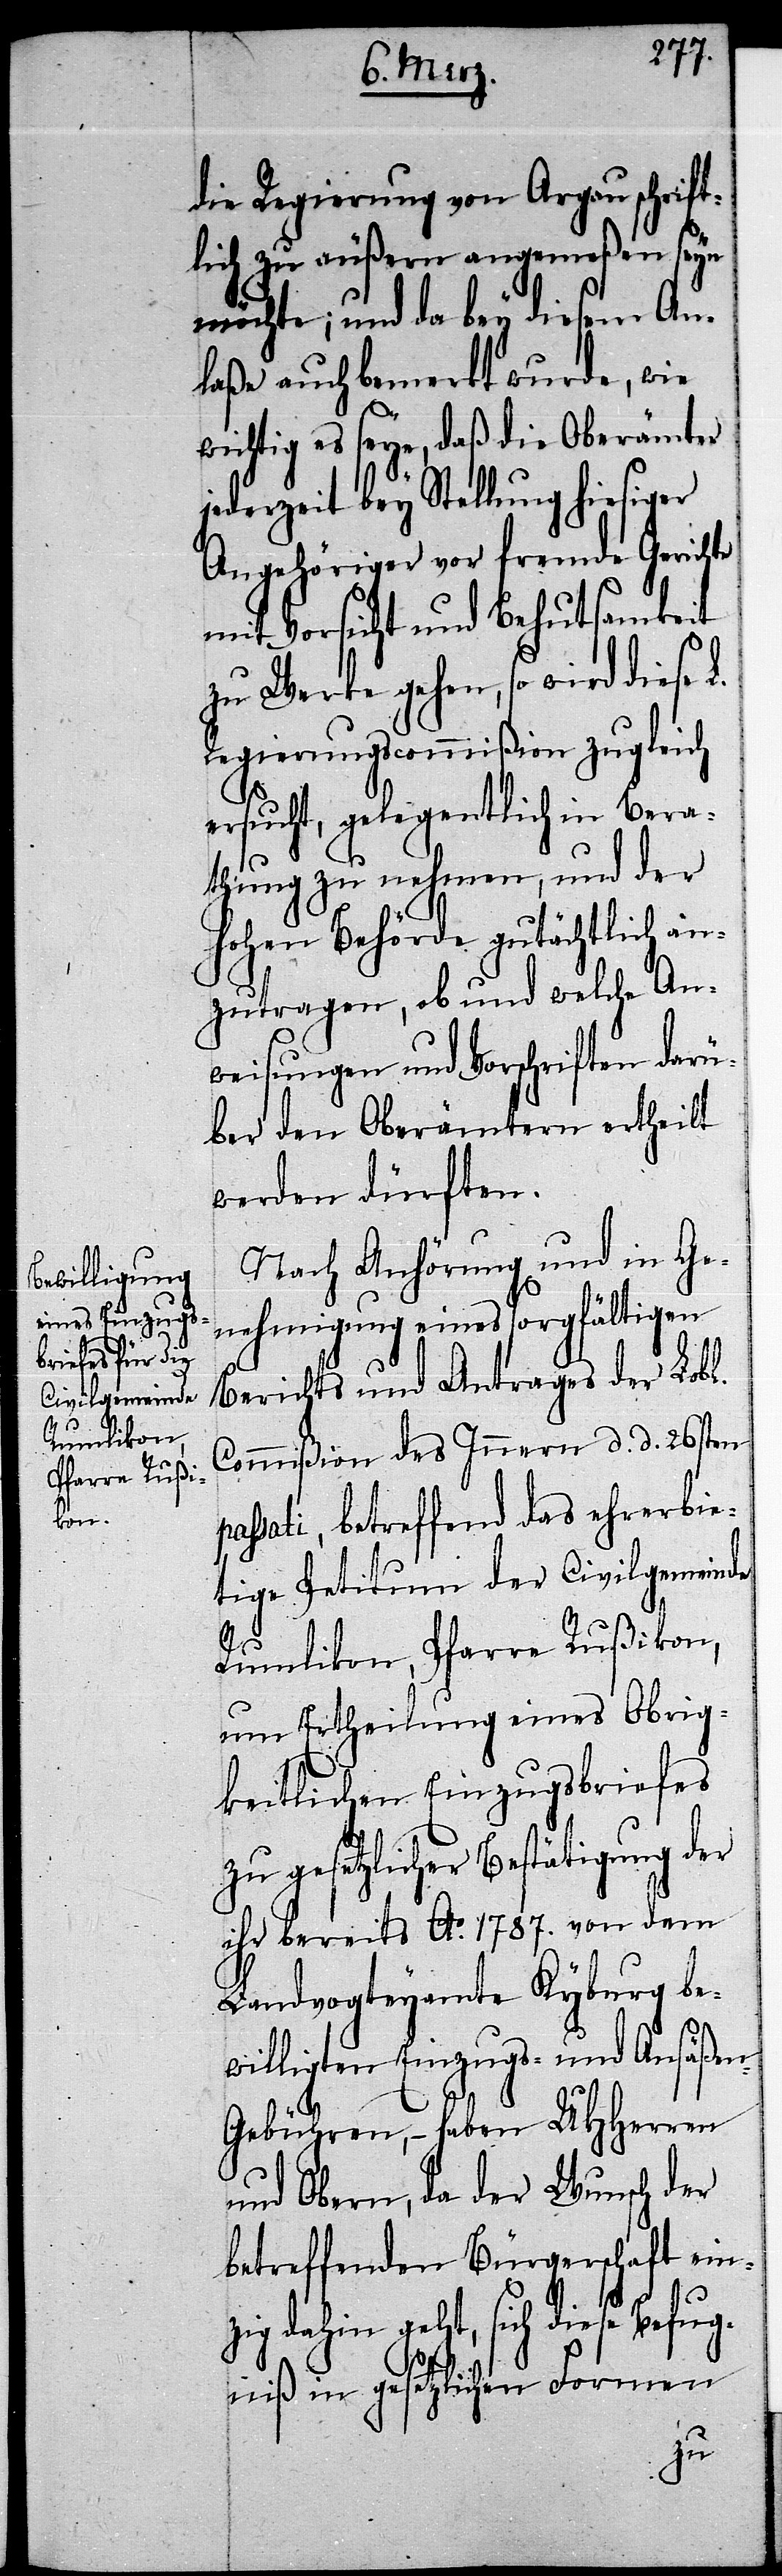
die Regierung von Argau schrift¬
lich zu äußern angemeßen seyn
möchte; und da bey diesem An¬
laße auch bemerkt wurde, wie
wichtig es seye, daß die Oberämter
jederzeit bey Stellung hiesiger
Angehöriger vor fremde Gerichte
mit Vorsicht und Behutsamkeit
zu Werke gehen, so wird diese
Regierungscommißion zugleich
ersucht, gelegentlich in Bera¬
thung zu nehmen, und der
hohen Behörde gutächtlich an¬
zutragen, ob und welche An¬
weisungen und Vorschriften darü¬
ber den Oberämtern ertheilt
werden dürften.
Nach Anhörung und in Ge¬
nehmigung eines sorgfältigen
Berichts und Antrages der Lobl.
Commißion des Innern d. d. 26sten
passati, betreffend das ehrerbie¬
tige Petitum der Civilgemeinde
Rumlikon, Pfarre Rußikon,
um Ertheilung eines Obrig¬
keitlichen Einzugsbriefes
zu gesetzlicher Bestätigung der
ihr bereits Ao. 1787. von dem
Landvogteyamte Kyburg be¬
willigten Einzugs- und Ansäße¬
n-Gebühren, – haben UHHerren
und Obern, da der Wunsch der
betreffenden Bürgerschaft ein¬
zig dahin geht, sich diese Befug¬
niß in gesetzlichen Formen